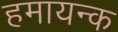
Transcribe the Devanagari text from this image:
हमायन्क